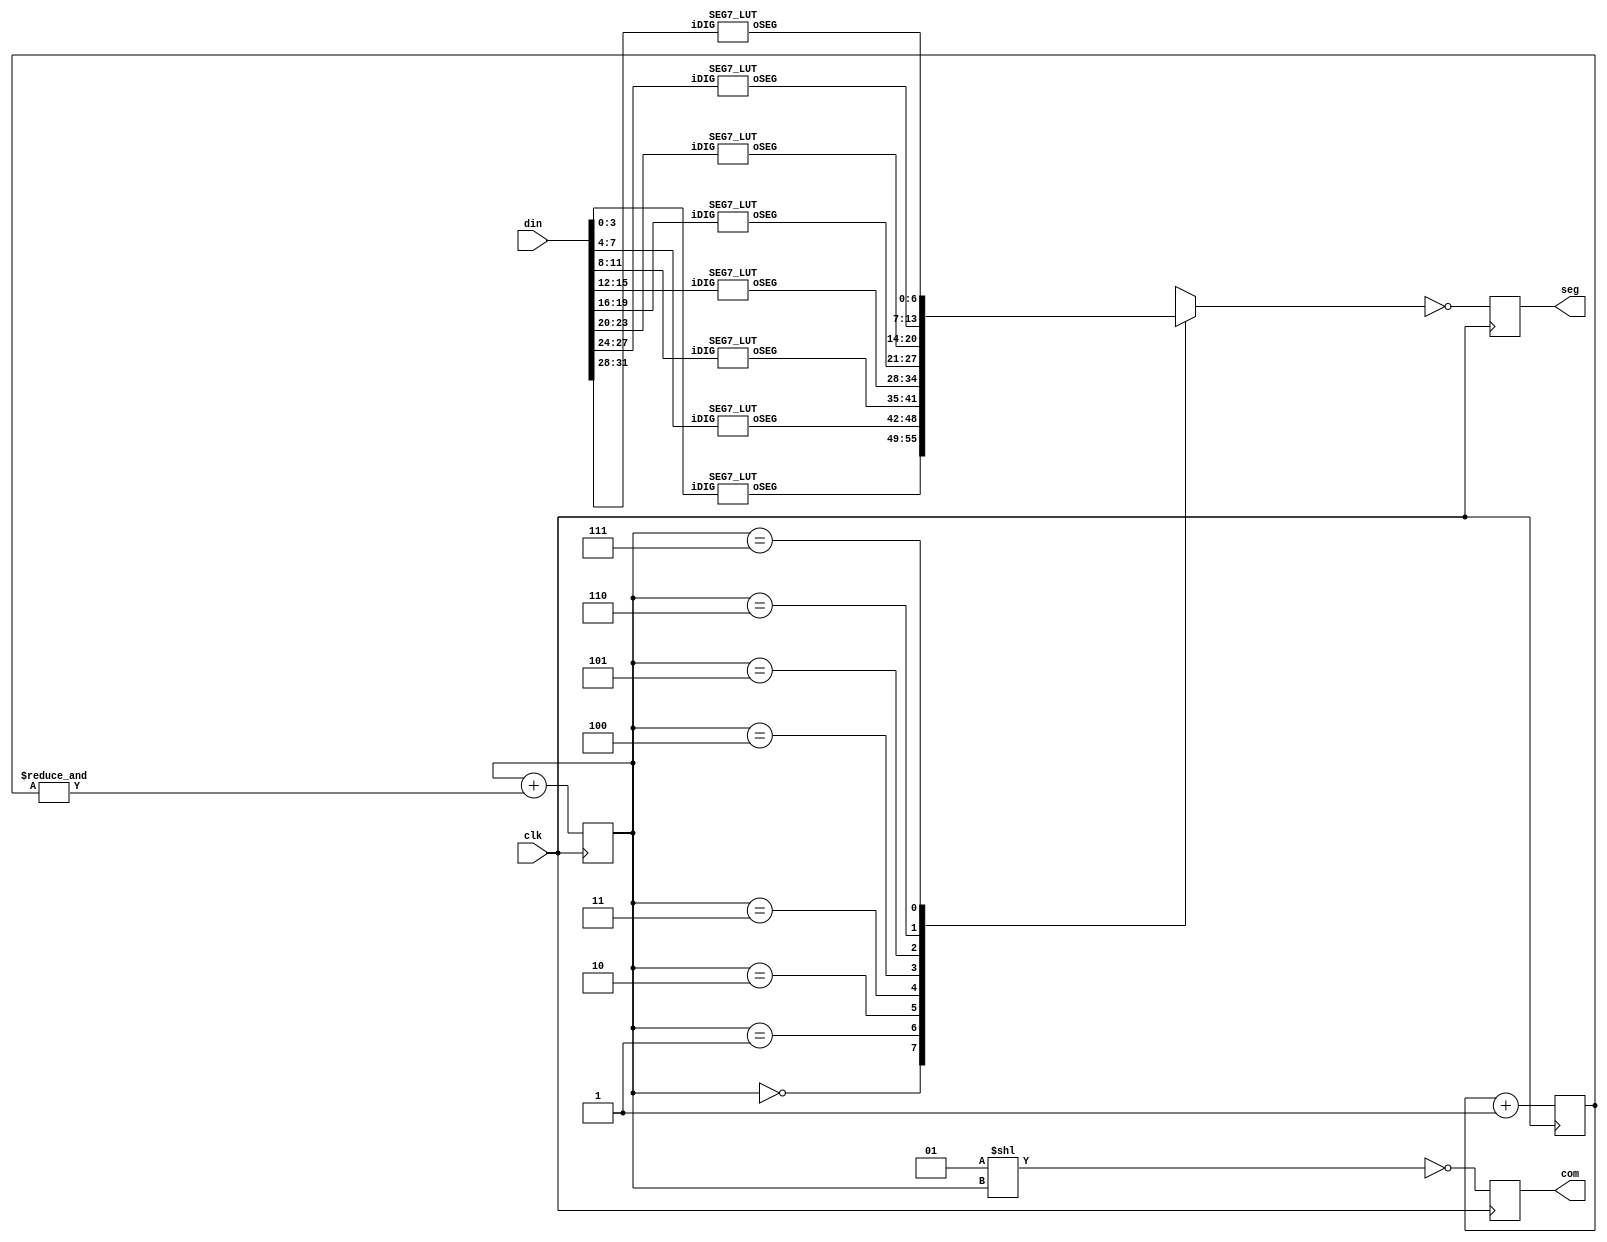
module seg_disp (
    input wire clk,    // Clock
    input wire [31:0] din,  
    output reg [7:0] seg,
    output reg [7:0] com
);

wire[6:0] seg_all[0:7];
reg[2:0] scan;
reg[12:0] divider;

genvar k;
generate
    for(k=0;k<8;k=k+1) begin : proc_decoder
        SEG7_LUT decoder(seg_all[k], din[(k+1)*4-1:k*4]);
    end
endgenerate

always @(posedge clk) begin : proc_divider
    begin
        divider <= divider + 1'b1;
    end
end

integer i;
always @(posedge clk) begin : proc_scan
    begin
        scan <= scan + (&divider);
        com <= ~(1<<scan);
        seg <= ~seg_all[scan];
        // for (i = 0; i < 8; i=i+1) begin
        //  if(scan == i)begin 
        //      seg <= seg_all[i];
        //  end
        // end
    end
end

endmodule
module SEG7_LUT (   oSEG,iDIG   );
input   [3:0]   iDIG;
output  [6:0]   oSEG;
reg     [6:0]   oSEG;
always @(*)
begin
        case(iDIG)
        4'h1: oSEG = 7'b1111001;    // ---t----
        4'h2: oSEG = 7'b0100100;    // |      |
        4'h3: oSEG = 7'b0110000;    // lt    rt
        4'h4: oSEG = 7'b0011001;    // |      |
        4'h5: oSEG = 7'b0010010;    // ---m----
        4'h6: oSEG = 7'b0000010;    // |      |
        4'h7: oSEG = 7'b1111000;    // lb    rb
        4'h8: oSEG = 7'b0000000;    // |      |
        4'h9: oSEG = 7'b0011000;    // ---b----
        4'ha: oSEG = 7'b0001000;
        4'hb: oSEG = 7'b0000011;
        4'hc: oSEG = 7'b1000110;
        4'hd: oSEG = 7'b0100001;
        4'he: oSEG = 7'b0000110;
        4'hf: oSEG = 7'b0001110;
        4'h0: oSEG = 7'b1000000;
        endcase
end
endmodule

`default_nettype wire